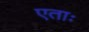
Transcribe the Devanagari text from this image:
एताः